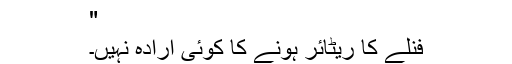
"
فنلے کا ریٹائر ہونے کا کوئی ارادہ نہیں۔